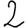
Digit: 2